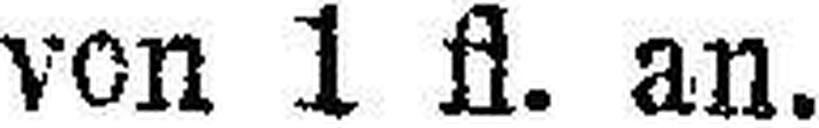
von 1 fl. an.